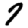
Digit: 7